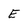
Character: E